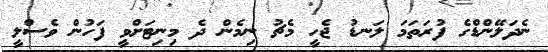
ނެދަލޭންޑްގެ ފުރަތަމަ ލަނޑު ޖެހީ މެޗު ނިމެން ދެ މިނިޓަށްވީ ފަހުން ވެސްލީ